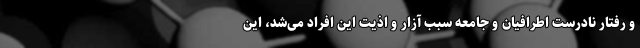
و رفتار نادرست اطرافیان و جامعه سبب آزار و اذیت این افراد می‌شد، این